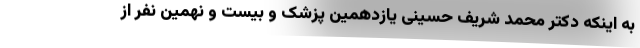
به اینکه دکتر محمد شریف حسینی یازدهمین پزشک و بیست و نهمین نفر از